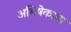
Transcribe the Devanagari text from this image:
अभिषेकाचा